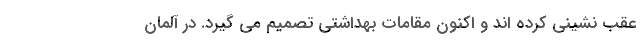
عقب نشینی کرده اند و اکنون مقامات بهداشتی تصمیم می گیرد. در آلمان